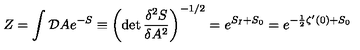
Z = \int { \cal D } A e ^ { - S } \equiv \left( \det \frac { \delta ^ { 2 } S } { \delta A ^ { 2 } } \right) ^ { - 1 / 2 } = e ^ { S _ { I } + S _ { 0 } } = e ^ { - \frac { 1 } { 2 } \zeta ^ { \prime } ( 0 ) + S _ { 0 } }